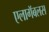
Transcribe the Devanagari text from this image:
एलागॅबलस